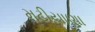
મટીયાણા